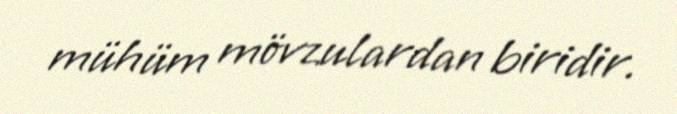
mühüm mövzulardan biridir.